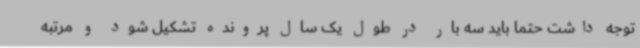
توجه داشت حتما باید سه بار در طول یک سال پرونده تشکیل شود و مرتبه